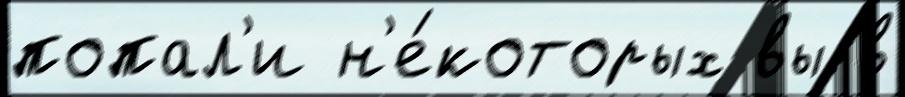
попал'и н'е́которых вы в